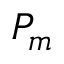
P _ { m }